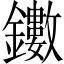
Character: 𨯃